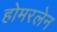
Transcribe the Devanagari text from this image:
होमरलेन